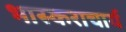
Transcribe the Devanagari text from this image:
भास्‍कराचार्य